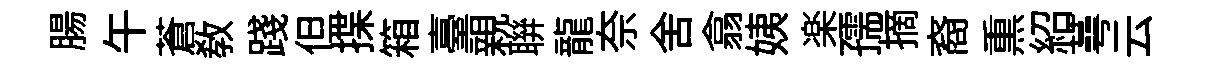
腸午蒼敎踐但揲箱臺親聨龍奈舍翕姨楽孺摘裔𤋱紹蕚云